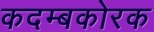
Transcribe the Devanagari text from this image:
कदम्बकोरक